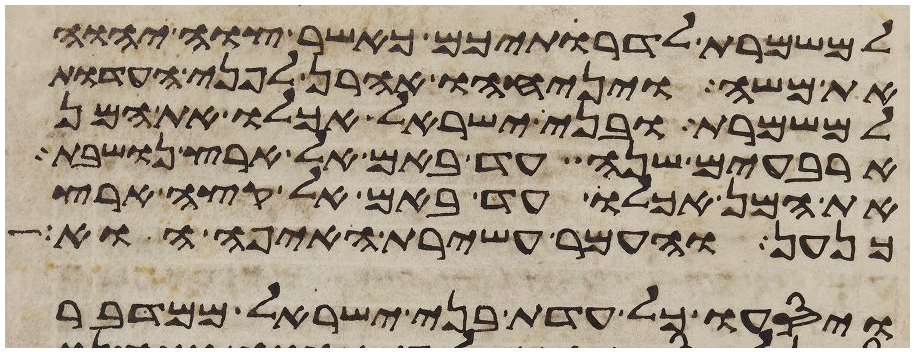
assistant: למשמרת לדרתיכם כאשר צוה יהוה
את משה ויניחהו אהרן לפני העדות
למשמרת ובני ישראל אכלו את המן
ארבעים שנה עד באם אל ארץ נושבת
את המן אכלו עד באם אל קצה ארץ
כנען והעמר עשירת האיפה הוא
ויסעו כל עדת בני ישראל ממדבר